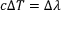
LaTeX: c { \Delta } T = \Delta \lambda